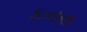
કનરા